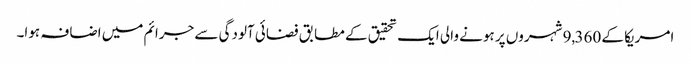
امریکا کے 9,360 شہروں پر ہونے والی ایک تحقیق کے مطابق فضائی آلودگی سے جرائم میں اضافہ ہوا۔